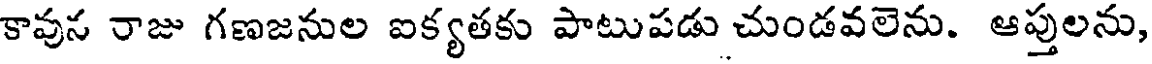
కావున రాజు గణజనుల ఐక్యతకు పాటుపడు చుండవలెను. ఆప్తులను,